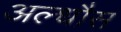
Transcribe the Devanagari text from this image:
अल्धौस